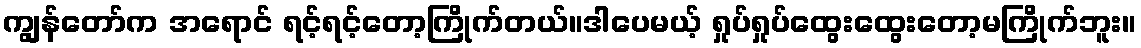
ကျွန်တော်က အရောင် ရင့်ရင့်တော့ကြိုက်တယ်။ဒါပေမယ့် ရှုပ်ရှုပ်ထွေးထွေးတော့မကြိုက်ဘူး။